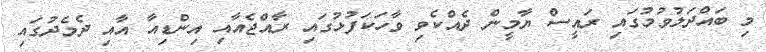
މި ބައްދަލުވުމުގައި ރައީސް ޔާމީން ދެއްކެވި ވާހަކަފުޅުގައި ރާއްޖެއާއި އިންޑިއާ އާއި ދެމެދުގައި